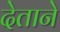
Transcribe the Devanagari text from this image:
देताने